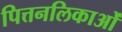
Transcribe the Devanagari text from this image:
पित्तनलिकाओं